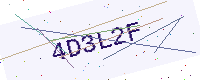
Text: 4D3L2F